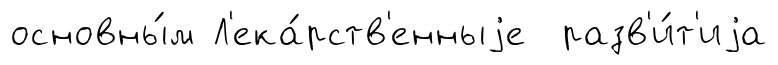
основны́м Л'ека́рств'енныjе разв'и́т'иjа